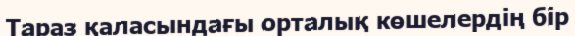
Тараз қаласындағы орталық көшелердің бір